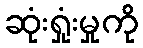
ဆုံးရှုံးမှုကို